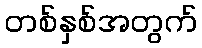
တစ်နှစ်အတွက်